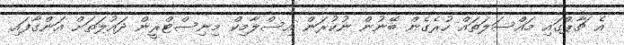
އެ ޗާޕްގައި މައްސަލަތައް ހުރެގެން ބޭނުން ނުކުރަން އިސްލާމިކް މިނިސްޓްރީން ދައުލަތަށް އަންގާފައި